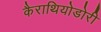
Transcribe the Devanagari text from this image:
कैराथियोडोरी